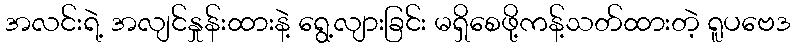
အလင်းရဲ့ အလျင်နှုန်းထားနဲ့ ရွေ့လျားခြင်း မရှိစေဖို့ကန့်သတ်ထားတဲ့ ရူပဗေဒ